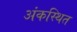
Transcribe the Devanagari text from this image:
अंकस्थित